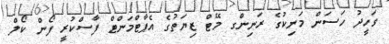
ވަހީދު ހަސަން މަނިކުގެ ރަނިންގ މޭޓް ޒިޔަތުގެ އެޕާޓްމަންޓް ފާސްކުރީ ފޯން ކޯލް